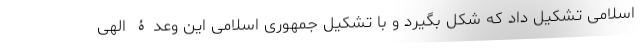
اسلامی تشکیل داد که شکل بگیرد و با تشکیل جمهوری اسلامی این وعدۀ الهی